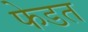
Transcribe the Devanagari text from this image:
फेडत